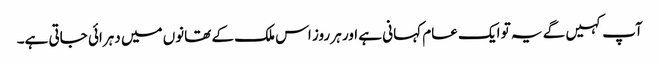
آپ کہیں گے یہ تو ایک عام کہانی ہے اور ہر روز اس ملک کے تھانوں میں دہرائی جاتی ہے۔